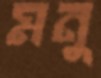
মনু